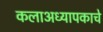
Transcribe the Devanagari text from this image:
कलाअध्यापकाचे